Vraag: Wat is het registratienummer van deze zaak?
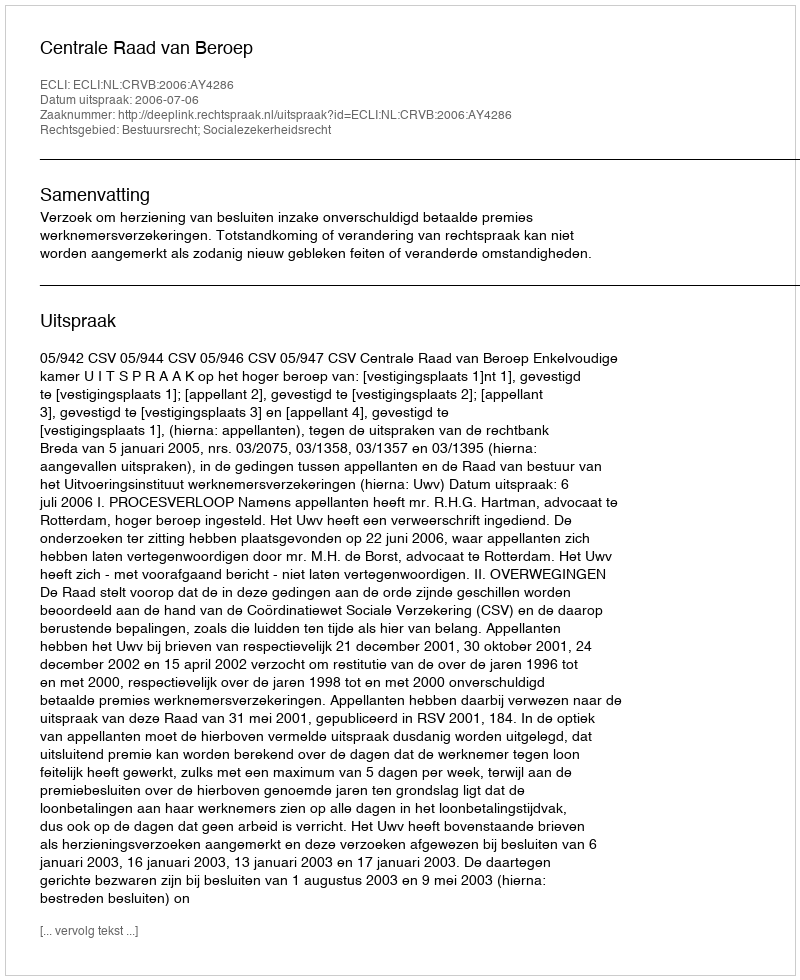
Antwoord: http://deeplink.rechtspraak.nl/uitspraak?id=ECLI:NL:CRVB:2006:AY4286